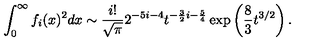
\int _ { 0 } ^ { \infty } f _ { i } ( x ) ^ { 2 } d x \sim { \frac { i ! } { \sqrt \pi } } 2 ^ { - 5 i - 4 } t ^ { - { \frac { 3 } { 2 } } i - { \frac { 5 } { 4 } } } \exp \left( { \frac { 8 } { 3 } } t ^ { 3 / 2 } \right) .